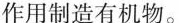
作用制造有机物。